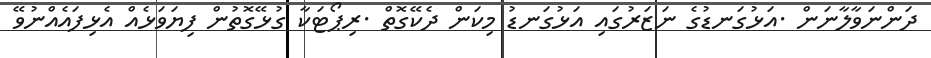
ދަންނަވާލާނަން .އަޅުގަނޑުގެ ނަޒަރުގައި އަޅުގަނޑު މިކަން ދެކޭގޮތް .ރިޕޯޓަކާ ގުޅޭގޮތުން ފިޔަވަޅެއް އެޅިފައެއްނުވޭ